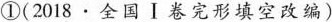
①(2018·全国 Ⅰ卷完形填空改编)